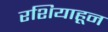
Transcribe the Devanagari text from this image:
रशियाहून